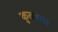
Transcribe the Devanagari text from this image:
कुतरना